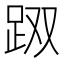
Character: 𰸇